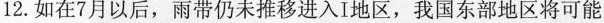
12.如在7月以后，雨带仍未推移进入I地区，我国东部地区将可能